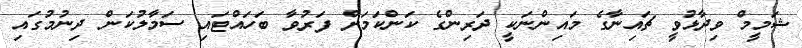
ޝަމީމް ވިދާޅުވީ ޗައިނާގެ މައިންނަކީ ދަރިންގެ ކަންކަމަށް ފަރުވާ ބަހައްޓައި ސަމާލުކަން ދިނުމުގައި